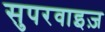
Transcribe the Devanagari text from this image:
सुपरवाइज़